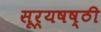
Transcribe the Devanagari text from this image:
सूर्यषष्ठी